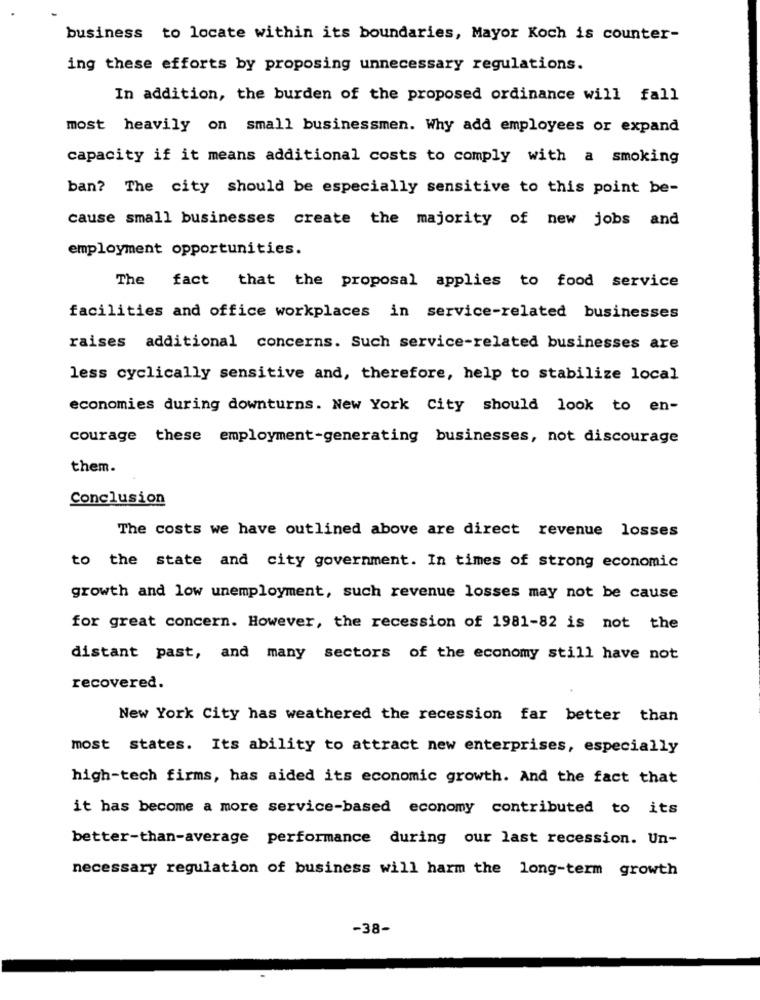
business to locate within its boundaries, Mayor Koch is counter-
ing these efforts by proposing unnecessary regulations.
In addition, the burden of the proposed ordinance will fall
most heavily on small businessmen. Why add employees or expand
capacity if it means additional costs to comply with a smoking
ban? The city should be especially sensitive to this point be-
cause small businesses create the majority of new jobs and
employment opportunities.
The fact that the proposal applies to food service
facilities and office workplaces in service-related businesses
raises additional concerns. Such service-related businesses are
less cyclically sensitive and, therefore, help to stabilize local
economies during downturns. New York City should look to en-
courage these employment-generating businesses, not discourage
them.
Conclusion
The costs we have outlined above are direct revenue losses
to the state and city government. In times of strong economic
growth and low unemployment, such revenue losses may not be cause
for great concern. However, the recession of 1981-82 is not the
distant past, and many sectors of the economy still have not
recovered.
New York City has weathered the recession far better than
most states. Its ability to attract new enterprises, especially
high-tech firms, has aided its economic growth. And the fact that
it has become a more service-based economy contributed to its
better-than-average performance during our last recession. Un-
necessary regulation of business will harm the long-term growth
-38-